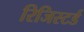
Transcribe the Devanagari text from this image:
रिजिस्टर्ड